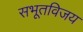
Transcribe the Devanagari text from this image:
सभूतविजय